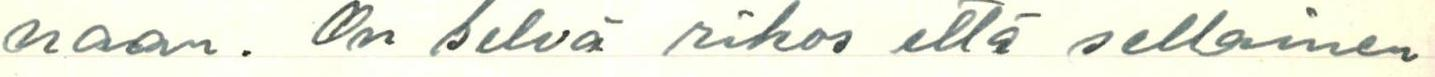
naan. On selvä rikos että sellainen